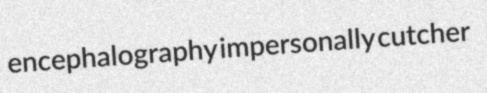
encephalography impersonally cutcher